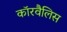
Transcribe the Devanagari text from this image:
कॉरवैलिस